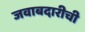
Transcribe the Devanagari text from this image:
जवाबदारीची